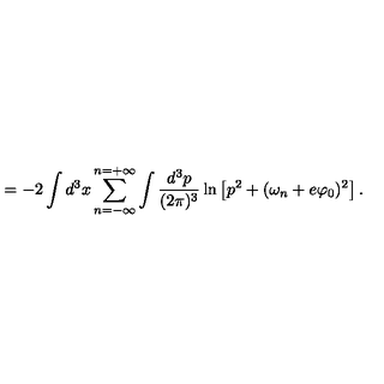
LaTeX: = - 2 \int d ^ { 3 } x \sum _ { n = - \infty } ^ { n = + \infty } \int \frac { d ^ { 3 } p } { ( 2 \pi ) ^ { 3 } } \ln \left[ p ^ { 2 } + ( \omega _ { n } + e \varphi _ { 0 } ) ^ { 2 } \right] .